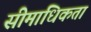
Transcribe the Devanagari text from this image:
सीमाधिकता